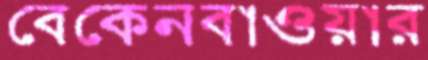
বেকেনবাওয়ার